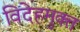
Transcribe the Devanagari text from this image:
विदेहमुक्त